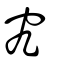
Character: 究